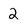
Character: 2